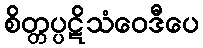
စိတ္တပ္ပဋိသံဝေဒီပေ